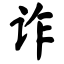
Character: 诈